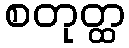
စတုတ္ထ